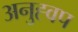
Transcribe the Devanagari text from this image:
अनुह्वप